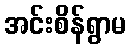
အင်းစိန်ရွာမ